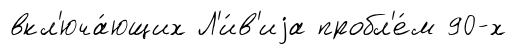
вкл'юча́ющих Л'и́в'иjа пробл'е́м 90-х